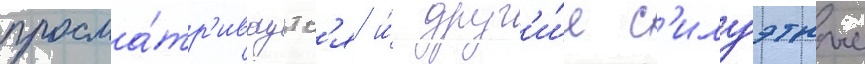
просма́тр'иваутс'я и́ друг'и́е с'илуэтные